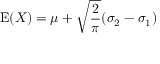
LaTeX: \operatorname { E } ( X ) = \mu + { \sqrt { \frac { 2 } { \pi } } } ( \sigma _ { 2 } - \sigma _ { 1 } )